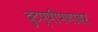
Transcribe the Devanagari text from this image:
दुटप्पीपणावर